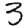
Digit: 3